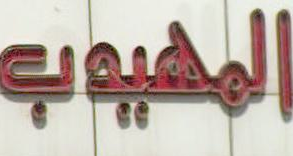
المهيوب